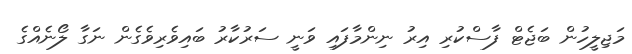
މަޖިލީހުން ބަޖެޓް ފާސްކުރި އިރު ނިންމާފައި ވަނީ ސަރުކާރު ބައިވެރިވެގެން ނަގާ ލޯނެއްގެ